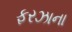
ફરઝાના